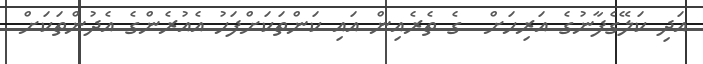
އަދި ކަލޭގެފާނުގެ އަރިހަށް  ގެ ތެރެއިން އައި ކަންތަކަށްފަހު އެއުރެންގެ އެދުންތަކަށް